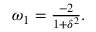
\begin{array} { r } { \omega _ { 1 } = \frac { - 2 } { 1 + \delta ^ { 2 } } . } \end{array}